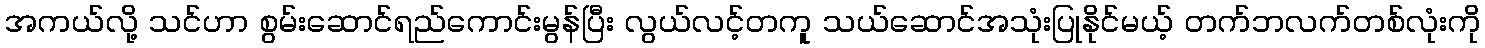
အကယ်လို့ သင်ဟာ စွမ်းဆောင်ရည်ကောင်းမွန်ပြီး လွယ်လင့်တကူ သယ်ဆောင်အသုံးပြုနိုင်မယ့် တက်ဘလက်တစ်လုံးကို